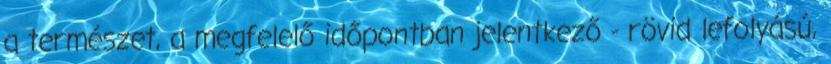
a természet, a megfelelő időpontban jelentkező - rövid lefolyású,